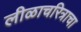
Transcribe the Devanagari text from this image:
लीळाचरित्राचा